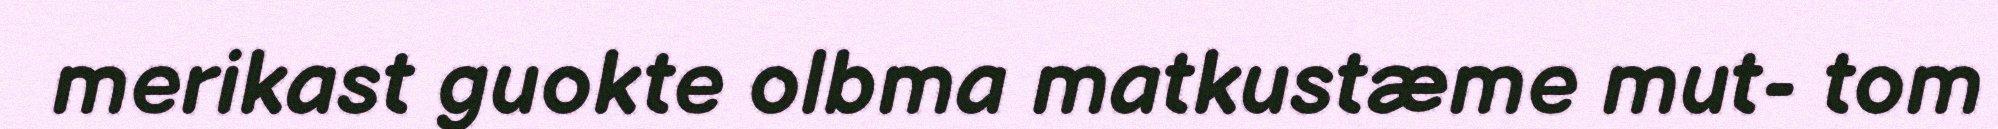
merikast guokte olbma matkustæme mut- tom